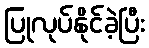
ပြုလုပ်နိုင်ခဲ့ပြီး